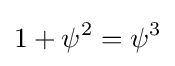
1+\psi ^{2}=\psi ^{3}